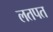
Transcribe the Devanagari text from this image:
लतपत